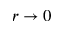
r \rightarrow 0